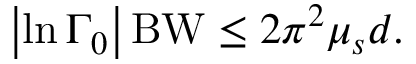
\left| \ln { \Gamma _ { 0 } } \right| \mathrm { B W } \leq 2 \pi ^ { 2 } \mu _ { s } d .